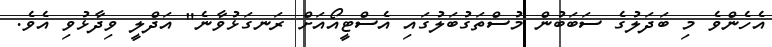
އެހެންވެ މި ބަދަލުގެ ސަބަބުން މުސްތަގުބަލުގައި އެސްޓީއޯއަށް ރަނގަޅުވާނެ" އަދްލީ ވިދާޅުވި އެވެ.